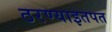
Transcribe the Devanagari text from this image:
ठरण्याइतपत